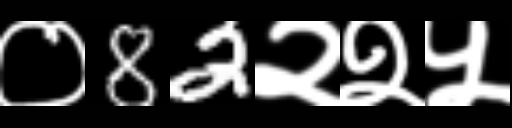
Text: ०82२२५